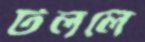
টললে